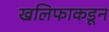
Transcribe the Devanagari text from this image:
खलिफाकडून